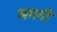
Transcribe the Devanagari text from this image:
मगनी